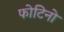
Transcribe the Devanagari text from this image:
फोटिनो